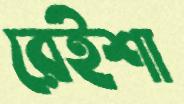
রেইশা